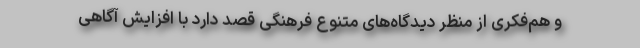
و هم‌فکری از منظر دیدگاه‌های متنوع فرهنگی قصد دارد با افزایش آگاهی